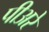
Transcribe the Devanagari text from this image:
पीअरे